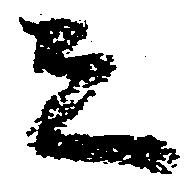
者